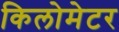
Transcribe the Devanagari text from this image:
किलोमेटर